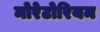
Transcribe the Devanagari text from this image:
मोरेटोरियम